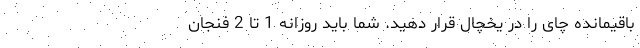
باقیمانده چای را در یخچال قرار دهید. شما باید روزانه 1 تا 2 فنجان